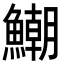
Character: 𩻹